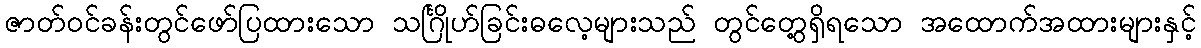
ဇာတ်ဝင်ခန်းတွင်ဖော်ပြထားသော သင်္ဂြိုဟ်ခြင်းဓလေ့များသည် တွင်တွေ့ရှိရသော အထောက်အထားများနှင့်